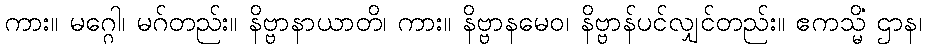
ကား။ မဂ္ဂေါ၊ မဂ်တည်း။ နိဗ္ဗာနာယာတိ၊ ကား။ နိဗ္ဗာနမေဝ၊ နိဗ္ဗာန်ပင်လျှင်တည်း။ ဧကသ္မိံ ဌာန၊